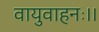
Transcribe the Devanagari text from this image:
वायुवाहनः।।